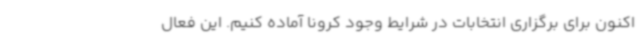
اکنون برای برگزاری انتخابات در شرایط وجود کرونا آماده کنیم. این فعال